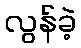
လွန်ခဲ့